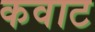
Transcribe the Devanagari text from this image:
कवाट